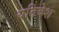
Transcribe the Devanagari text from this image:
यतिवेश